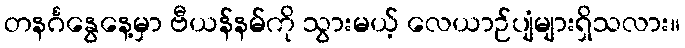
တနင်္ဂနွေနေ့မှာ ဗီယန်နမ်ကို သွားမယ့် လေယာဉ်ပျံများရှိသလား။